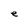
Character: e